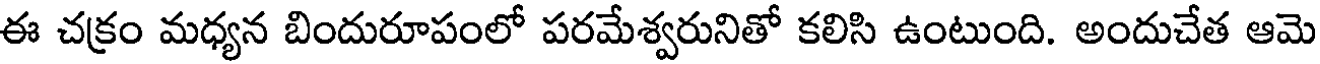
ఈ చక్రం మధ్యన బిందురూపంలో పరమేశ్వరునితో కలిసి ఉంటుంది. అందుచేత ఆమె